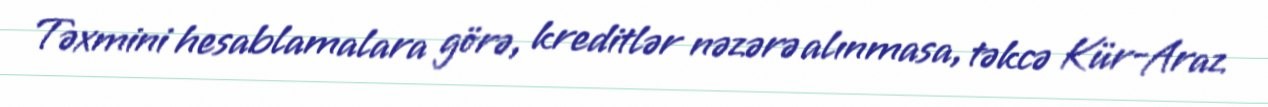
Təxmini hesablamalara görə, kreditlər nəzərə alınmasa, təkcə Kür-Araz